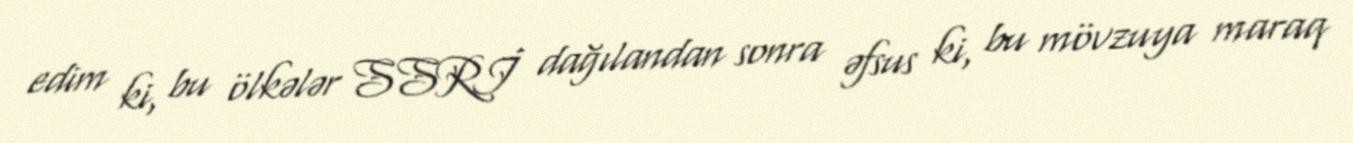
edim ki, bu ölkələr SSRİ dağılandan sonra əfsus ki, bu mövzuya maraq